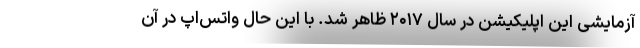
آزمایشی این اپلیکیشن در سال ۲۰۱۷ ظاهر شد. با این حال واتس‌اپ در آن